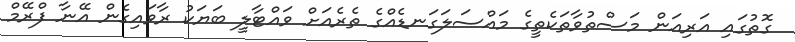
ގޮތުގައި އަރިއަން މަސްތުވާތަކެތީގެ މައްސަލަގަނޑެއްގެ ތެރެއަށް ވައްޓާލީ ބަޔަކު ރާވައިގެން އޭނާ ފްރޭމް